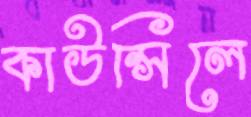
কাউন্সিলে